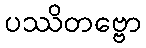
ပဿိတဗ္ဗော